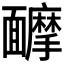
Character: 𩉑